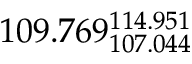
1 0 9 . 7 6 9 _ { 1 0 7 . 0 4 4 } ^ { 1 1 4 . 9 5 1 }